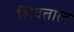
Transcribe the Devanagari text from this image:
शिवताल